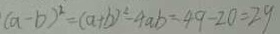
( a - b ) ^ { 2 } = ( a + b ) ^ { 2 } - 4 a b = 4 9 - 2 0 = 2 9